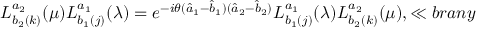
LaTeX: L _ { b _ { 2 } ( k ) } ^ { a _ { 2 } } ( \mu ) L _ { b _ { 1 } ( j ) } ^ { a _ { 1 } } ( \lambda ) = e ^ { - i \theta ( \hat { a } _ { 1 } - \hat { b } _ { 1 } ) ( \hat { a } _ { 2 } - \hat { b } _ { 2 } ) } L _ { b _ { 1 } ( j ) } ^ { a _ { 1 } } ( \lambda ) L _ { b _ { 2 } ( k ) } ^ { a _ { 2 } } ( \mu ) , \ll { b r a n y }